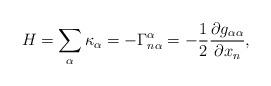
LaTeX: \begin{align*} H =\sum_\alpha \kappa_\alpha = -\Gamma^{\alpha}_{n\alpha} = -\frac{1}{2}\frac{\partial g_{\alpha\alpha}}{\partial x_n},\end{align*}